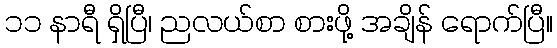
၁၁ နာရီ ရှိပြီ၊ ညလယ်စာ စားဖို့ အချိန် ရောက်ပြီ။